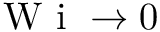
\textrm { W i } \to 0